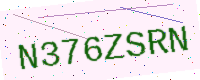
Text: N376ZSRN